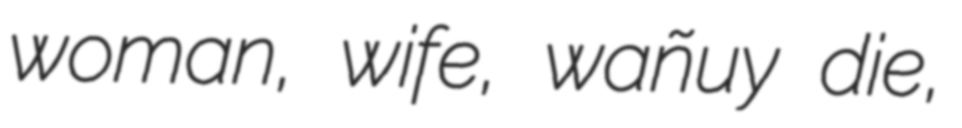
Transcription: woman, wife, wañuy die,